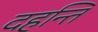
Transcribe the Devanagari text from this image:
दहन्ति